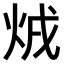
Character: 𤇳